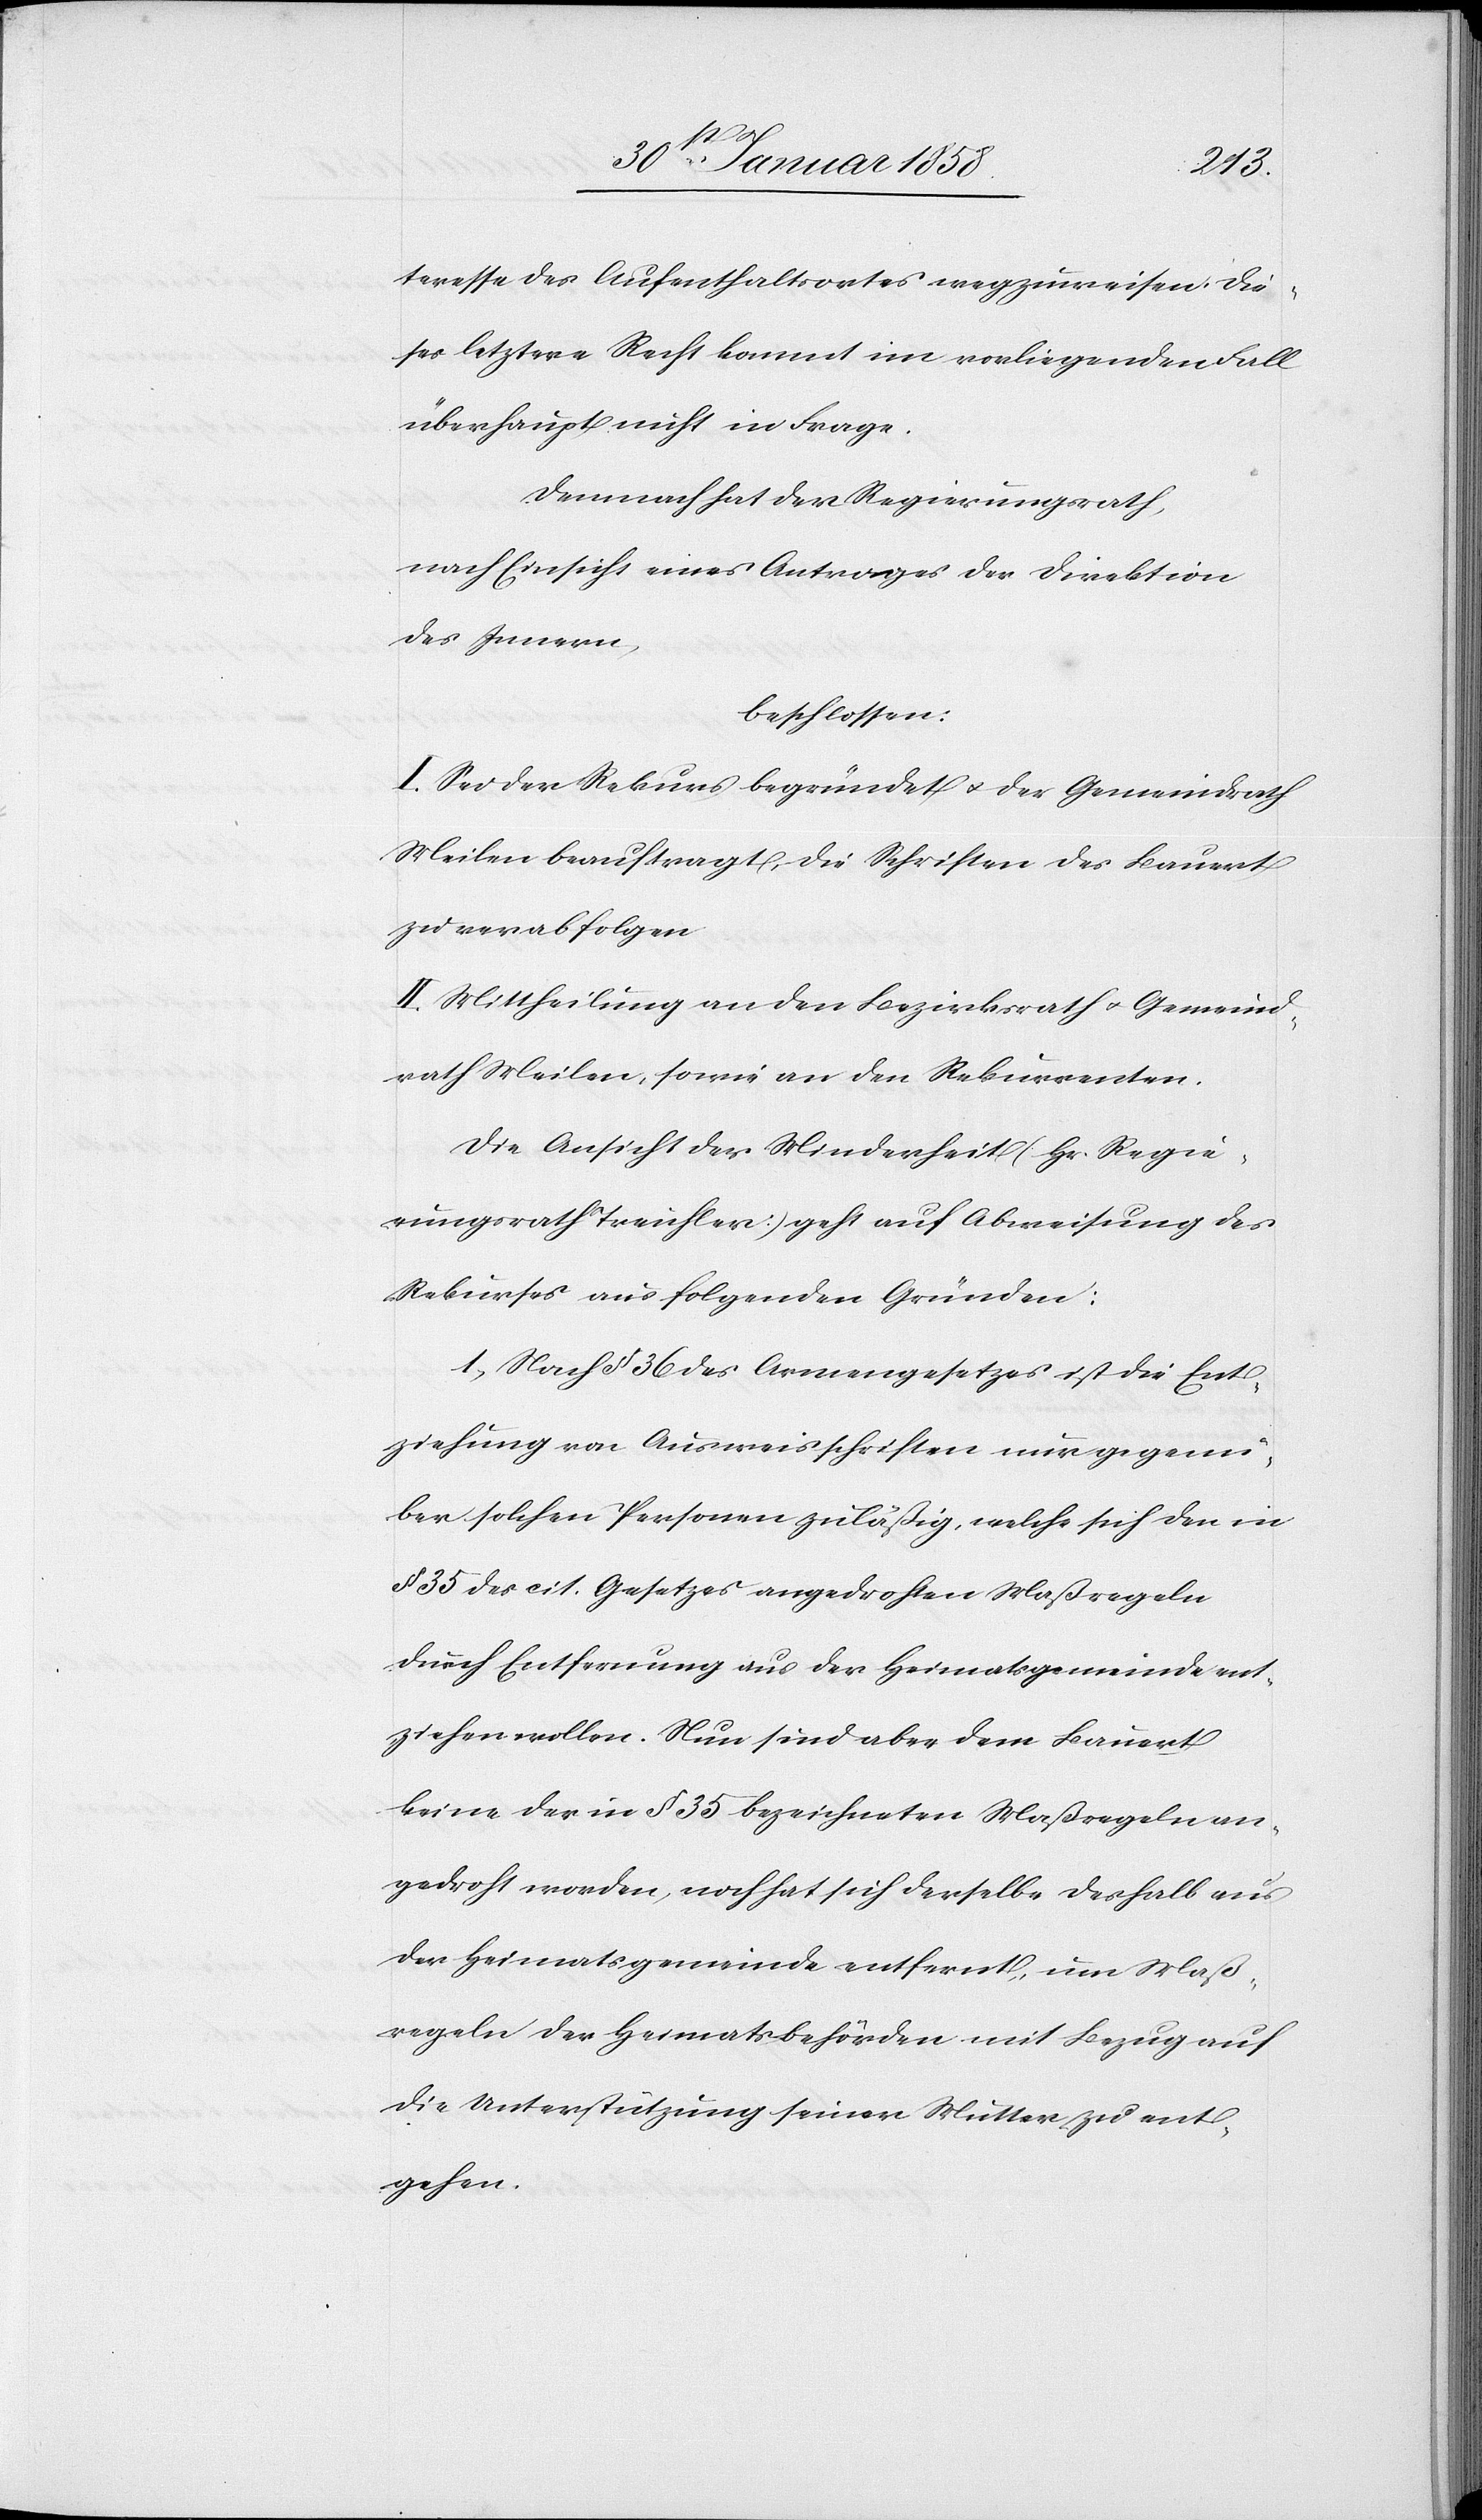
teresse des Aufenthaltsortes wegzuweisen. Die¬
ses letztere Recht kommt im vorliegenden Fall
überhaupt nicht in Frage.
Demnach hat der Regierungsrath,
nach Einsicht eines Antrages der Direktion
des Innern,
beschlossen:
I. Sei der Rekurs begründet u. der Gemeindrath
Meilen beauftragt, die Schriften des Bauert
zu verabfolgen.
II. Mittheilung an den Bezirksrath u. Gemeind¬
rath Meilen, sowie an den Rekurrenten.
Die Ansicht der Minderheit (Hr. Regie¬
rungsrath Treichler) geht auf Abweisung des
Rekurses aus folgenden Gründen:
1. Nach § 36 des Armengesetzes ist die Ent¬
ziehung von Ausweisschriften nur gegen¬
über solchen Personen zuläßig, welche sich den in
§ 35 des cit. Gesetzes angedrohten Maßregeln
durch Entfernung aus der Heimatsgemeinde ent¬
ziehen wollen. Nun sind aber dem Bauert
keine der in § 35 bezeichneten Maßregeln an¬
gedroht worden, noch hat sich derselbe deshalb aus
der Heimatsgemeinde entfernt, um Maß¬
regeln der Heimatsbehörden mit Bezug auf
die Unterstützung seiner Mutter zu ent¬
gehen.